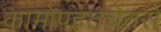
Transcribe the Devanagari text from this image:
कामोपहतचेतसे